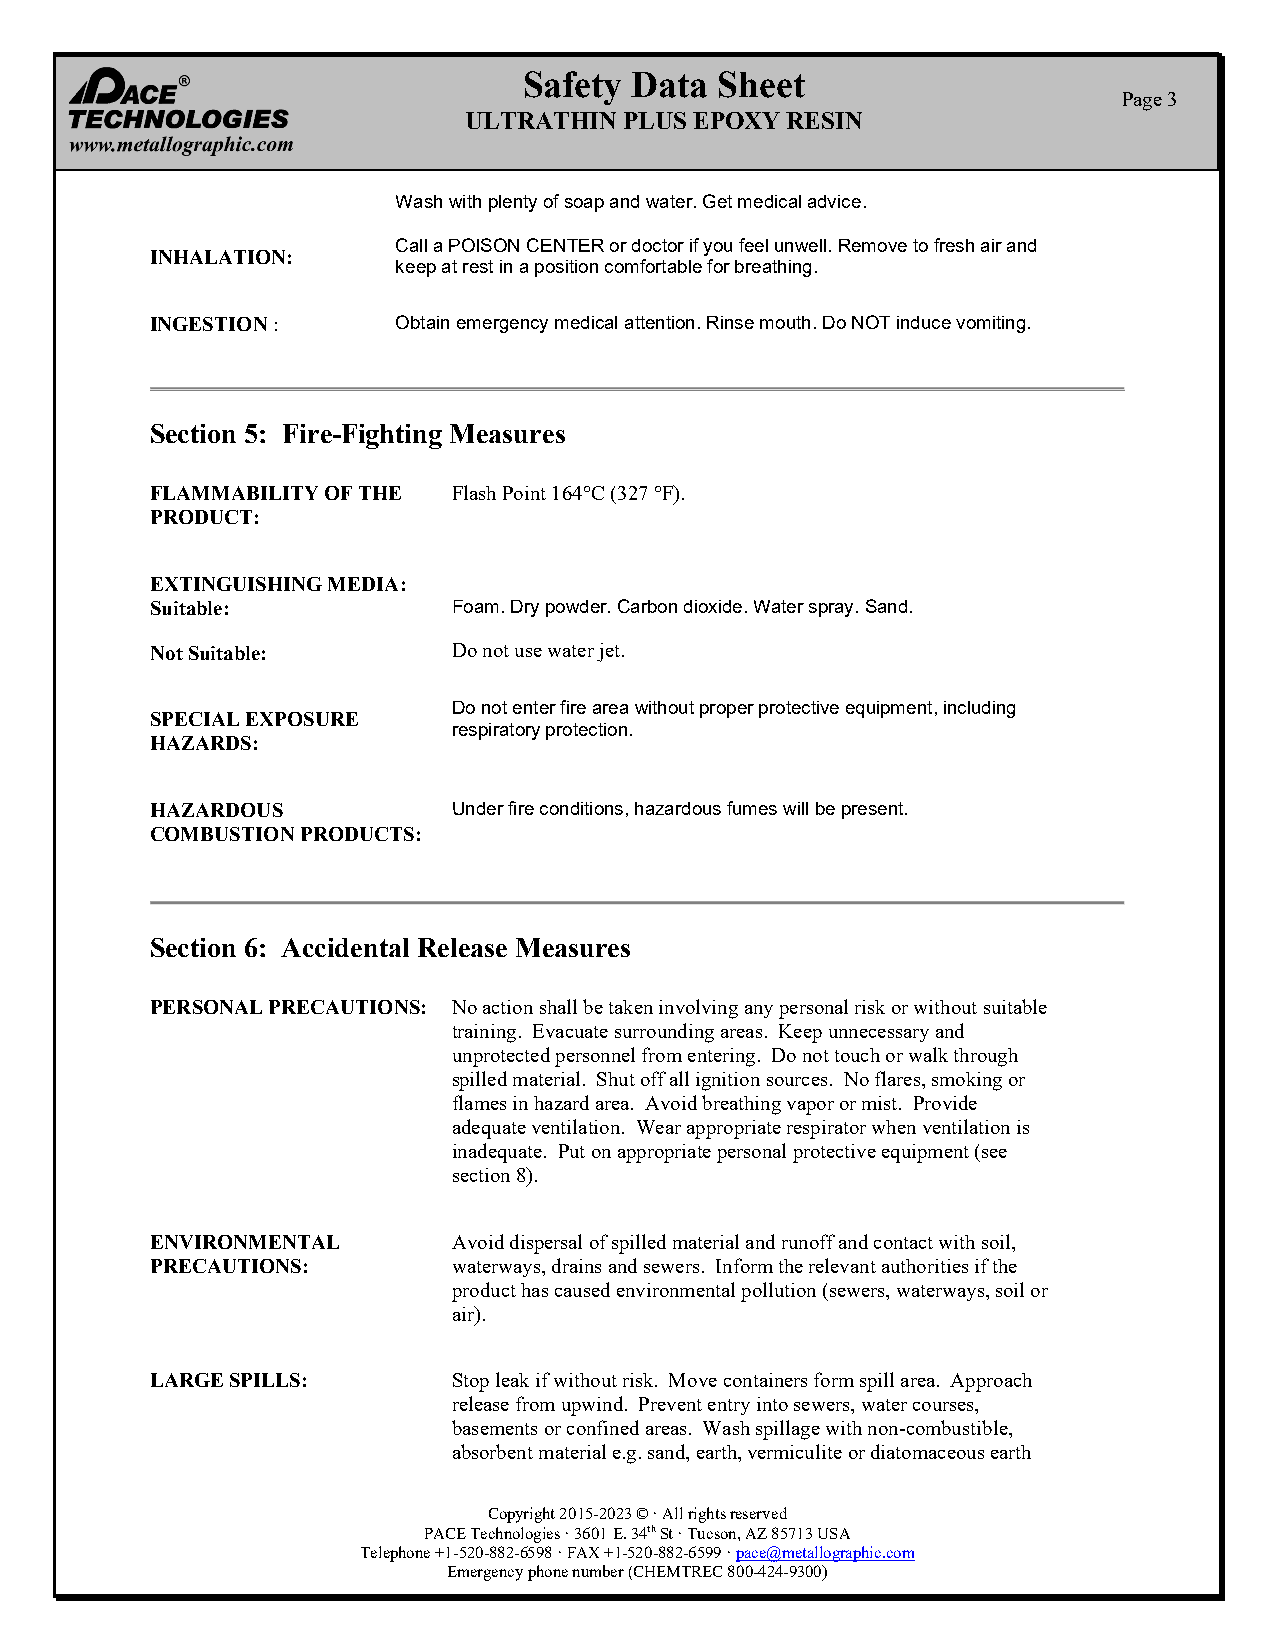
Safety Data  Sheet
 Page 3
 ULTRATHIN PLUS EPOXY RESIN
 Wash with plenty of soap and water. Get medical advice.
 Call a POISON CENTER or doctor if you feel unwell. Remove to fresh air and
 INHALATION:
 keep at rest in a position comfortable for breathing.
 INGESTION :     Obtain emergency medical attention. Rinse mouth. Do NOT induce vomiting.
 Section 5: Fire-Fighting Measures
 FLAMMABILITY OF THE Flash Point 164°C (327 °F).
 PRODUCT:
 EXTINGUISHING MEDIA:
 Suitable:           Foam. Dry powder. Carbon dioxide. Water spray. Sand.
 Not Suitable:       Do not use water jet.
 Do not enter fire area without proper protective equipment, including
 SPECIAL EXPOSURE
 respiratory protection.
 HAZARDS:
 HAZARDOUS           Under fire conditions, hazardous fumes will be present.
 COMBUSTION PRODUCTS:
 Section 6: Accidental Release Measures
 PERSONAL PRECAUTIONS: No action shall be taken involving any personal risk or without suitable
 training. Evacuate surrounding areas. Keep unnecessary and
 unprotected personnel from entering. Do not touch or walk through
 spilled material. Shut off all ignition sources. No flares, smoking or
 flames in hazard area. Avoid breathing vapor or mist. Provide
 adequate ventilation. Wear appropriate respirator when ventilation is
 inadequate. Put on appropriate personal protective equipment (see
 section 8).
 ENVIRONMENTAL       Avoid dispersal of spilled material and runoff and contact with soil,
 PRECAUTIONS:        waterways, drains and sewers. Inform the relevant authorities if the
 product has caused environmental pollution (sewers, waterways, soil or
 air).
 LARGE SPILLS:       Stop leak if without risk. Move containers form spill area. Approach
 release from upwind. Prevent entry into sewers, water courses,
 basements or confined areas. Wash spillage with non-combustible,
 absorbent material e.g. sand, earth, vermiculite or diatomaceous earth
 Copyright 2015-2023 © · All rights reserved
 PACE Technologies · 3601 E. 34th St · Tucson, AZ 85713 USA
 Telephone +1-520-882-6598 · FAX +1-520-882-6599 · pace@metallographic.com
 Emergency phone number (CHEMTREC 800-424-9300)